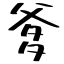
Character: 爹